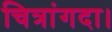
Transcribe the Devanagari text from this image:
चित्रांगदा।